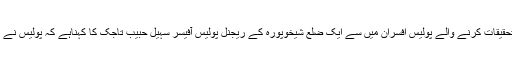
- اس واقعے کی تحقیقات کرنے والے پولیس افسران میں سے ایک ضلع شیخوپورہ کے ریجنل پولیس آفیسر سہیل حبیب تاجک کا کہناہے کہ پولیس نے روایتی تفتیش کی۔